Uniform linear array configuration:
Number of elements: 48
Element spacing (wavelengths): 1
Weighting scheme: blackman
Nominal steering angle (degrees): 45
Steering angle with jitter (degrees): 45.878
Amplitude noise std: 0.05
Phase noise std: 0.05

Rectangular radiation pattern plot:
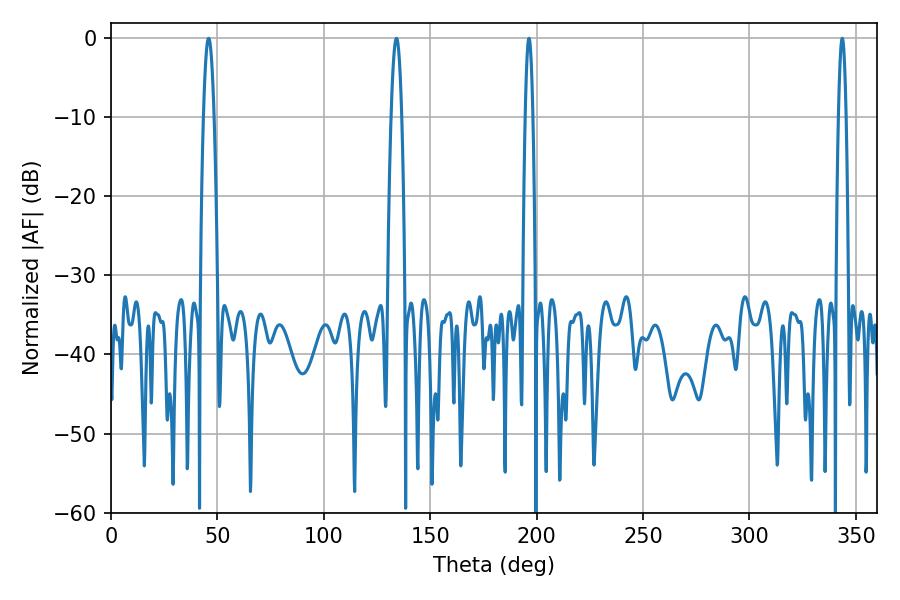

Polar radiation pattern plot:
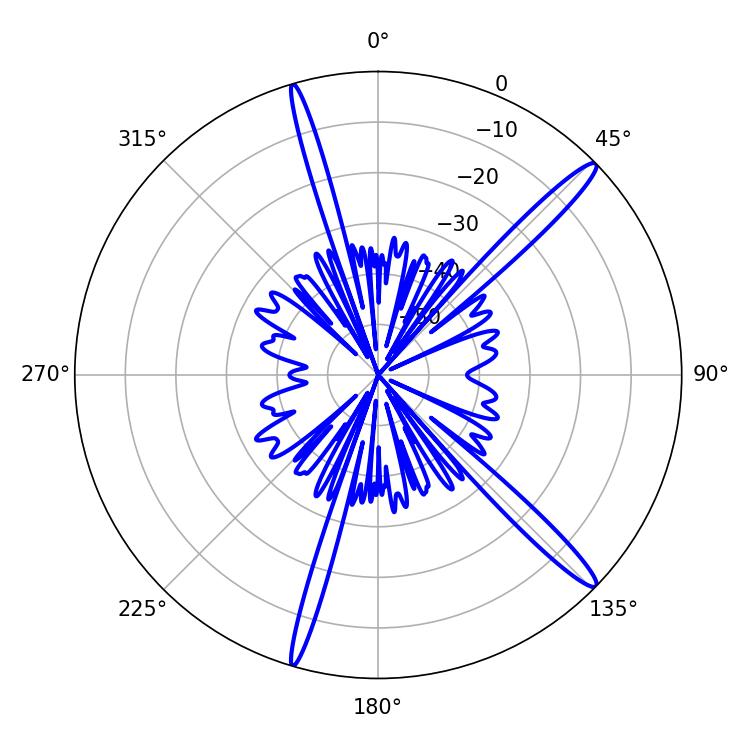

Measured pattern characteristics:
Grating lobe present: TRUE
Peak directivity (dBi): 15.722
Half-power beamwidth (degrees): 1.8
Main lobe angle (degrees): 196.38